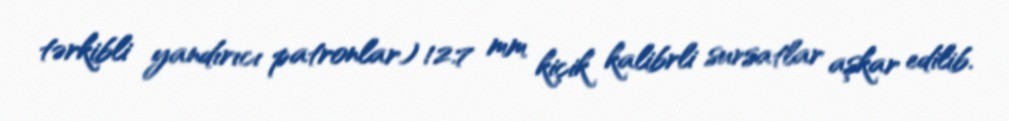
tərkibli yandırıcı patronlar) 12.7 mm kiçik kalibrli sursatlar aşkar edilib.